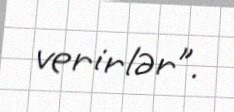
verirlər”.